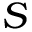
S